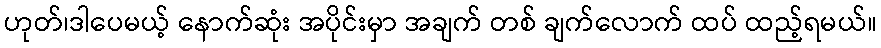
ဟုတ်၊ဒါပေမယ့် နောက်ဆုံး အပိုင်းမှာ အချက် တစ် ချက်လောက် ထပ် ထည့်ရမယ်။